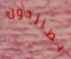
يطاردون